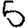
Digit: 5